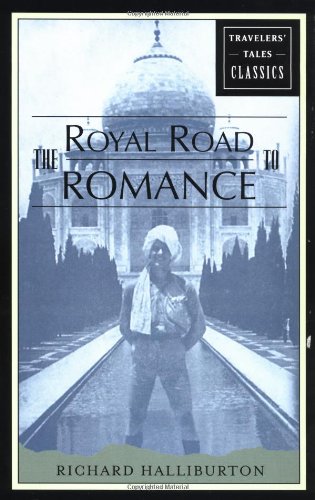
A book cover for The Royal Road to Romance (Travelers' Tales Classics); Richard Halliburton; Romance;